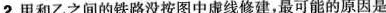
2.甲和乙之间的铁路没按图中虚线修建，最可能的原因是